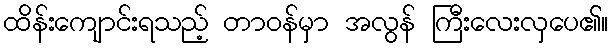
ထိန်းကျောင်းရသည့် တာဝန်မှာ အလွန် ကြီးလေးလှပေ၏။